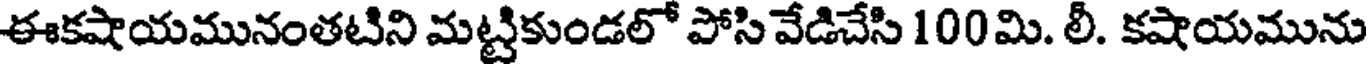
ఈకషాయమునంతటిని మట్టికుండలో పోసి వేడిచేసి 100 మి. లీ. కషాయమును